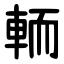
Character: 輀